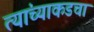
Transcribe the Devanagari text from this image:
त्यांच्याकडचा